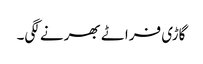
گاڑی فراٹے بھرنے لگی۔